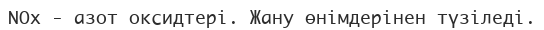
NOх - азот оксидтері. Жану өнімдерінен түзіледі.